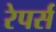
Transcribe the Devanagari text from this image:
रेपर्स